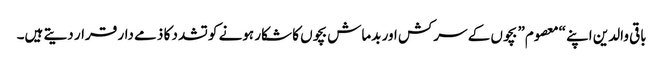
باقی والدین اپنے “معصوم” بچوں کے سرکش اور بدماش بچوں کا شکار ہونے کو تشدد کا ذمے دار قرار دیتے ہیں۔